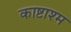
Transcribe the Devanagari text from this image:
काष्टाश्म